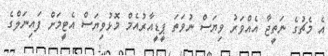
އެ މެޗުގެ ނަތީޖާ އެއްވަރު ވިޔަސް ނުވަތަ ޕީޑީއާރުއެމް މޮޅުވިޔަސް އެޓީމަށް ފައިނަލްގެ